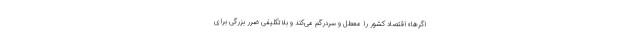
اگرها» اقتصاد کشور را معطل و سردرگم می‌کند و بلاتکلیفی ضرر بزرگی برای